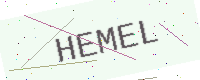
Text: HEMEL